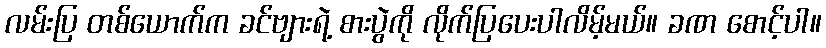
လမ်းပြ တစ်ယောက်က ခင်ဗျားရဲ့ စားပွဲကို လိုက်ပြပေးပါလိမ့်မယ်။ ခဏ စောင့်ပါ။